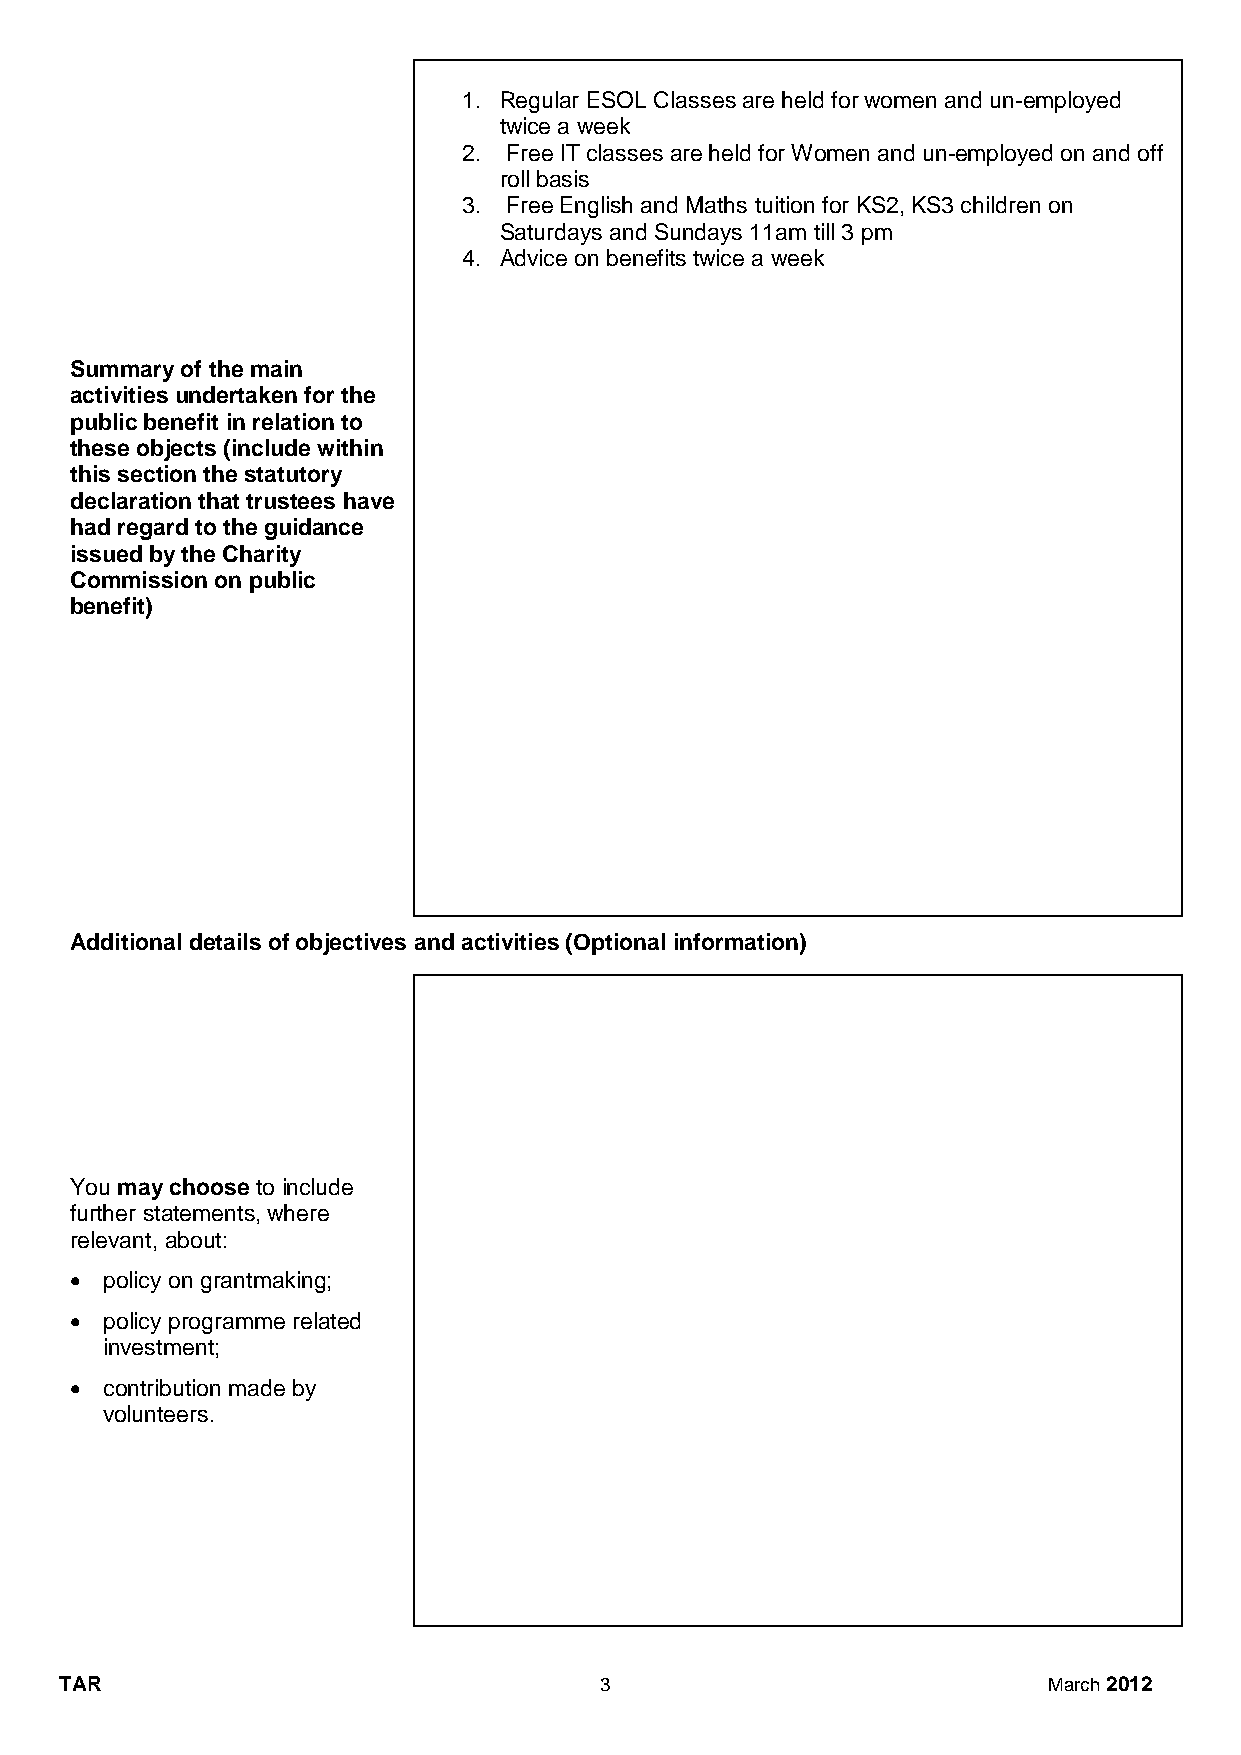
1. Regular ESOL Classes are held for women and un-employed
 twice a week
 2. Free IT classes are held for Women and un-employed on and off
 roll basis
 3. Free English and Maths tuition for KS2, KS3 children on
 Saturdays and Sundays 11am till 3 pm
 4. Advice on benefits twice a week
 Summary of the main
 activities undertaken for the
 public benefit in relation to
 these objects (include within
 this section the statutory
 declaration that trustees have
 had regard to the guidance
 issued by the Charity
 Commission on public
 benefit)
 Additional details of objectives and activities (Optional information)
 You may choose to include
 further statements, where
 relevant, about:
  policy on grantmaking;
  policy programme related
 investment;
  contribution made by
 volunteers.
 TAR                                 3                            March 2012